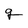
Character: g